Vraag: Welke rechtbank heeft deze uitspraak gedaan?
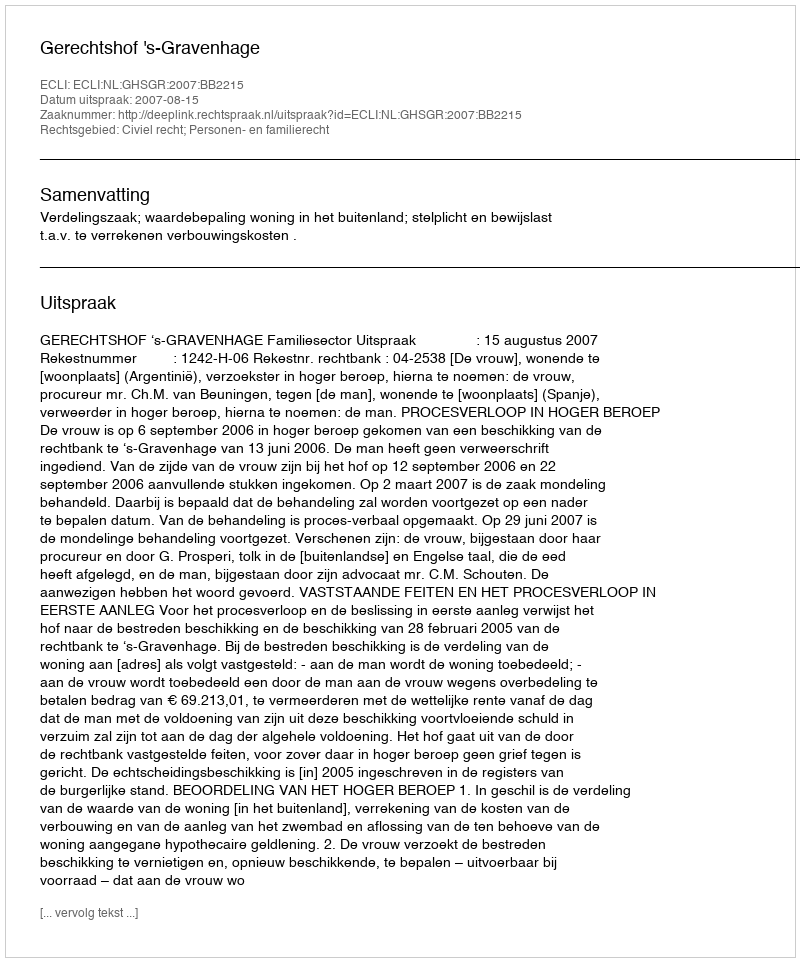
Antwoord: Gerechtshof 's-Gravenhage